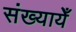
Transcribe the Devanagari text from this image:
संख्यायेँ